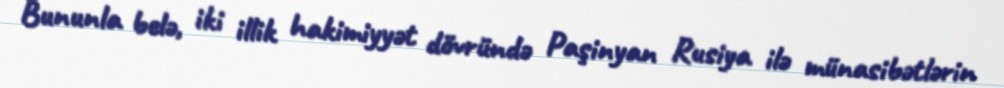
Bununla belə, iki illik hakimiyyət dövründə Paşinyan Rusiya ilə münasibətlərin